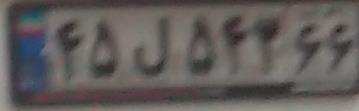
۴۵ل۵۴۳۶۶